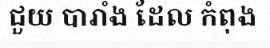
ជួយ បារាំង ដែល កំពុង